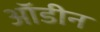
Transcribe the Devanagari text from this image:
ऑडीन